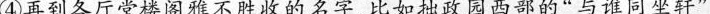
④再到各厅堂楼阁雅不胜收的名字，比如拙政园西部的“与谁同坐轩”